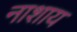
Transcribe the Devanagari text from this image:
नाशाय